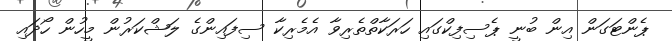
ޕެންޓަގަން އިން ބުނީ ޕެސިފިކްގައި ހަރަކާތްތެރިވާ އެމެރިކާ ސިފައިންގެ ލަޝްކަރުން މީހުން ހޯދައި